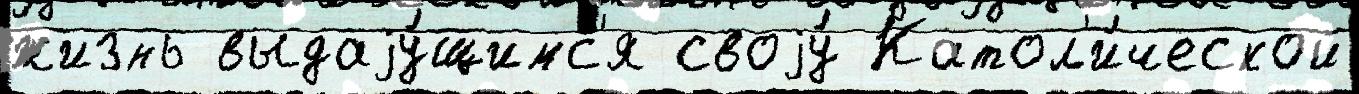
жизнь выдаjу́щимс'я своjу́ Катол'и́ческой